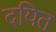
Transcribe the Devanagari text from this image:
दयित